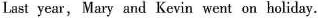
Last year, Mary and Kevin went on holiday.